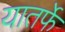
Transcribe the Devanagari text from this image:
यातर्फे